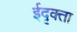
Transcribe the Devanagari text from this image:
ईदृक्ता